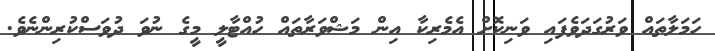
ހަމަލާތައް ވަރުގަދަވެފައި ވަނިކޮށް އެމެރިކާ އިން މަޝްވަރާތައް ހުއްޓާލީ މީގެ ނުވަ ދުވަސްކުރިންނެވެ.